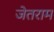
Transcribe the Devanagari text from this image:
जेतराम